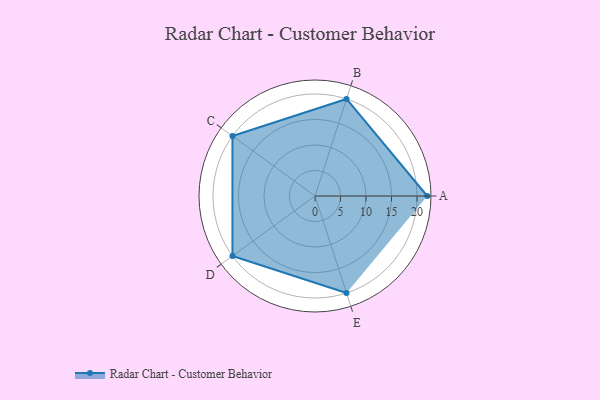
{"axis": {"x": "Skill", "y": "Score"}, "legend": ["Profile"], "data": [{"x": "A", "y": 22.0, "type": "Profile"}, {"x": "B", "y": 20, "type": "Profile"}, {"x": "C", "y": 20, "type": "Profile"}, {"x": "D", "y": 20, "type": "Profile"}, {"x": "E", "y": 20, "type": "Profile"}]}